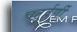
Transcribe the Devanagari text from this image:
चतुर्वर्णी